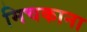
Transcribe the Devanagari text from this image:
मिचकाना